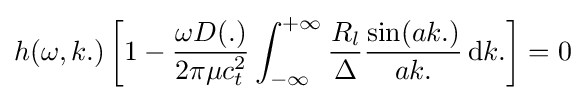
h(\omega ,k.)\left[1-{\omega D(.) \over 2\pi \mu c_{t}^{2}}\int _{-\infty }^{+\infty }{R_{l} \over \Delta }{\sin(ak.) \over ak.}\operatorname {d} \!k.\right]=0